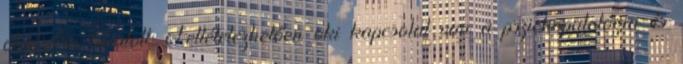
oldására hivatott. Feltételezhetően oki kapcsolat van a pszichopatológia és